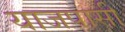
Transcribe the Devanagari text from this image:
याजपासी